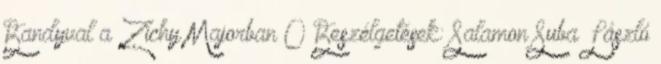
Bandyval a Zichy Majorban 0 Beszélgetések: Salamon Suba László